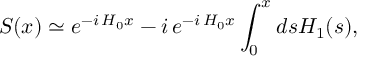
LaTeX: S ( x ) \simeq e ^ { - i \, H _ { 0 } x } - i \, e ^ { - i \, H _ { 0 } x } \int _ { 0 } ^ { x } d s H _ { 1 } ( s ) ,